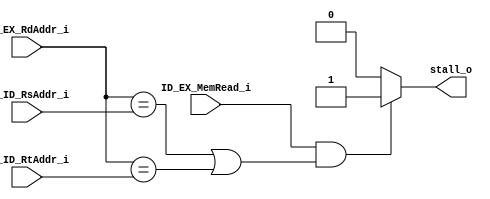
module Hazard_Detection_Unit(
    ID_EX_MemRead_i,
    IF_ID_RsAddr_i,
    IF_ID_RtAddr_i,
    ID_EX_RdAddr_i,
    stall_o
);

input ID_EX_MemRead_i;
input [4:0] IF_ID_RsAddr_i;
input [4:0] IF_ID_RtAddr_i;
input [4:0] ID_EX_RdAddr_i;
output stall_o;

assign stall_o = (ID_EX_MemRead_i && ((ID_EX_RdAddr_i == IF_ID_RsAddr_i) || (ID_EX_RdAddr_i == IF_ID_RtAddr_i)) ) ? 1'b1 : 1'b0;

endmodule